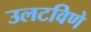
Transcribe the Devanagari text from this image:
उलटविणे